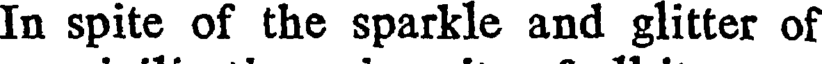
In spite of the sparkle and glitter of